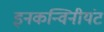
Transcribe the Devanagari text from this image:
इनकन्विनीयंट